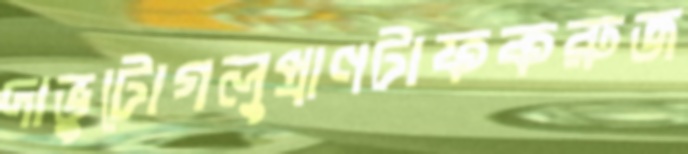
দাভুটোগলুপ্রাণটাফকরুজ